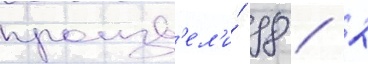
произв'ел'и́ 98 / 2